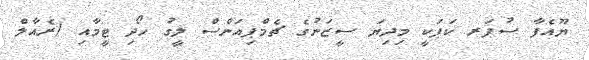
ޔޫއެފާ ސުޕަރ ކަޕަކީ މިދިޔަ ސީޒަނުގެ ޗެމްޕިއަންސް ލީގު ހޯދި ޓީމާއި (ރެއާލް